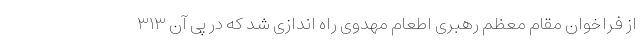
از فراخوان مقام معظم رهبری اطعام مهدوی راه اندازی شد که در پی آن ۳۱۳